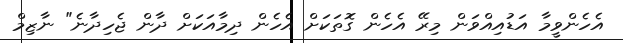
އެހެންވީމާ އަޑުއިއްވަން މިރޭ އެހެން ގޮތަކަށް އެހެން ދިމާއަކަށް ދާން ޖެހިދާނެ" ނާޒިމް